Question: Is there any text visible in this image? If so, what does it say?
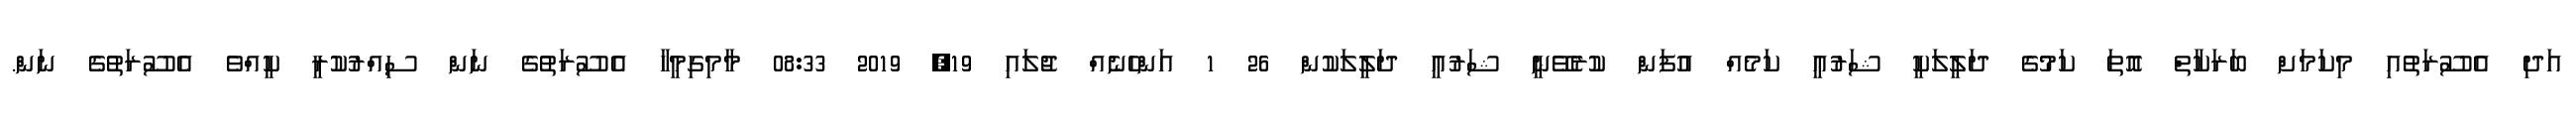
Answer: އަދި އެސޫރަތުއި މިކަމަށް ބަރަކާތް އޮތަ ކަމުގެ ދަލީލަކީ ޝަރުޢީ ކަމެއް އުފަން ކުރެވޭނީ ޝަރުޢީ ދަލީލަކުން 26 1 އަންހެނެއް ޖުލައި 19, 2019 08:33 މާމިގިމީހާ އެސޫރަތުގެ ނަން ސިއްރުކުރީ ކީއްވެ އެސޫރަތުގެ ނަން.